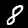
Digit: 8